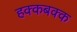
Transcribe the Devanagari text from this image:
हक्कबक्क